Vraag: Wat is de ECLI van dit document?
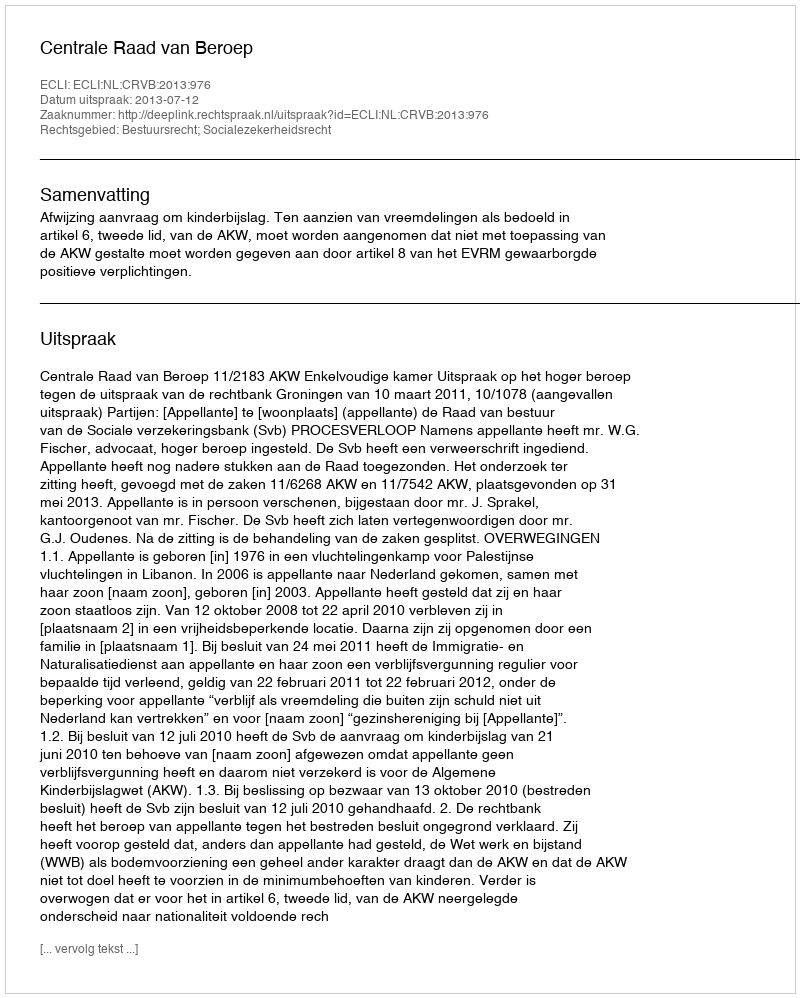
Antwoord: ECLI:NL:CRVB:2013:976